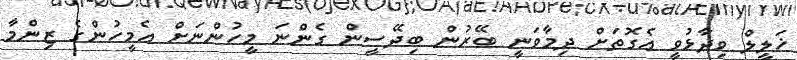
ޚަލީލް ވިދާޅުވީ އެގޮތަށް ދިމާވަނީ ބޭރުން ބިދޭސީން ގެންނަ މީހުންނަށް އެމީހުންގެ ޒިންމާ